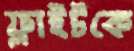
ফ্লাইটকে